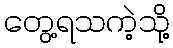
တွေ့ရသကဲ့သို့